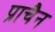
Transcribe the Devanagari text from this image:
प्राचैन